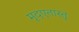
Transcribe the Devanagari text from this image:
मृदएतास्तु